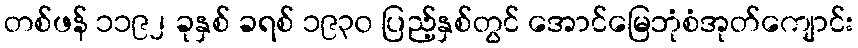
တစ်ဖန် ၁၁၉၂ ခုနှစ် ခရစ် ၁၉၃၀ ပြည့်နှစ်တွင် အောင်မြေဘုံစံအုတ်ကျောင်း